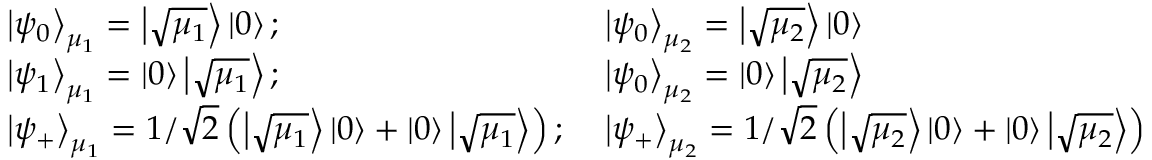
\begin{array} { l l } { \left| \psi _ { 0 } \right\rangle _ { \mu _ { 1 } } = \left| \sqrt { \mu _ { 1 } } \right\rangle \left| 0 \right\rangle ; \; } & { \left| \psi _ { 0 } \right\rangle _ { \mu _ { 2 } } = \left| \sqrt { \mu _ { 2 } } \right\rangle \left| 0 \right\rangle } \\ { \left| \psi _ { 1 } \right\rangle _ { \mu _ { 1 } } = \left| 0 \right\rangle \left| \sqrt { \mu _ { 1 } } \right\rangle ; \; } & { \left| \psi _ { 0 } \right\rangle _ { \mu _ { 2 } } = \left| 0 \right\rangle \left| \sqrt { \mu _ { 2 } } \right\rangle } \\ { \left| \psi _ { + } \right\rangle _ { \mu _ { 1 } } = 1 / \sqrt { 2 } \left( \left| \sqrt { \mu _ { 1 } } \right\rangle \left| 0 \right\rangle + \left| 0 \right\rangle \left| \sqrt { \mu _ { 1 } } \right\rangle \right) ; \; } & { \left| \psi _ { + } \right\rangle _ { \mu _ { 2 } } = 1 / \sqrt { 2 } \left( \left| \sqrt { \mu _ { 2 } } \right\rangle \left| 0 \right\rangle + \left| 0 \right\rangle \left| \sqrt { \mu _ { 2 } } \right\rangle \right) } \end{array}